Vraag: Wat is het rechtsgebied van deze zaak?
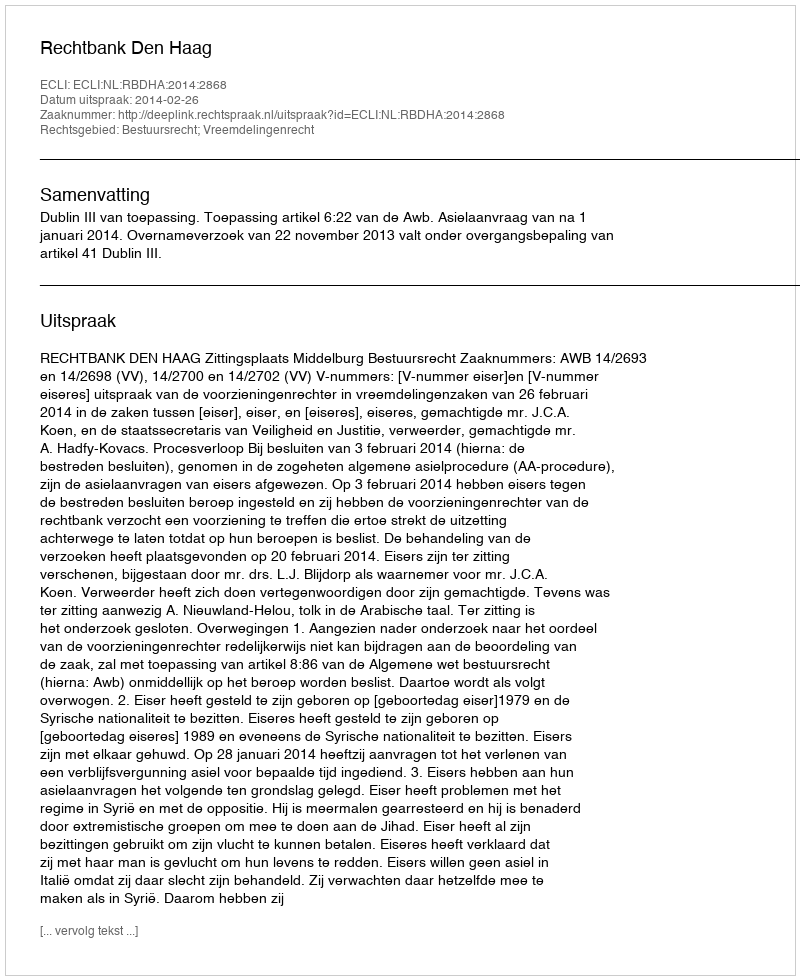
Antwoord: Bestuursrecht; Vreemdelingenrecht